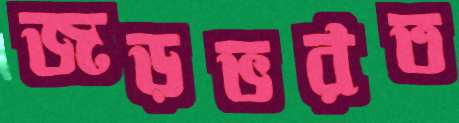
জড়ভরত